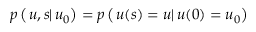
p \left( \left. u , s \right| u _ { 0 } \right) = p \left( \left. u ( s ) = u \right| u ( 0 ) = u _ { 0 } \right)